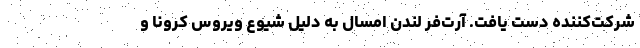
شرکت‌کننده دست یافت. آرت‌فر لندن امسال به دلیل شیوع ویروس کرونا و